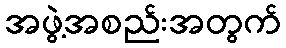
အဖွဲ့အစည်းအတွက်